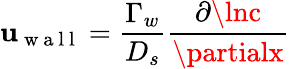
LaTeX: \mathbf{u}_{\mathrm{{~w~a~l~l~}}}=\frac{{\Gamma_{w}}}{{D_{s}}}\frac{{\partial\lnc}}{{\partialx}}